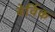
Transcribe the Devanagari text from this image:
बेर्विक